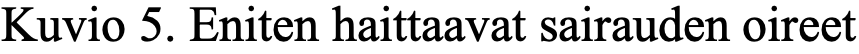
Kuvio 5. Eniten haittaavat sairauden oireet